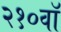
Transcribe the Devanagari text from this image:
२१०वॉ